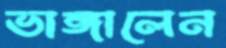
ভাঙ্গালেন